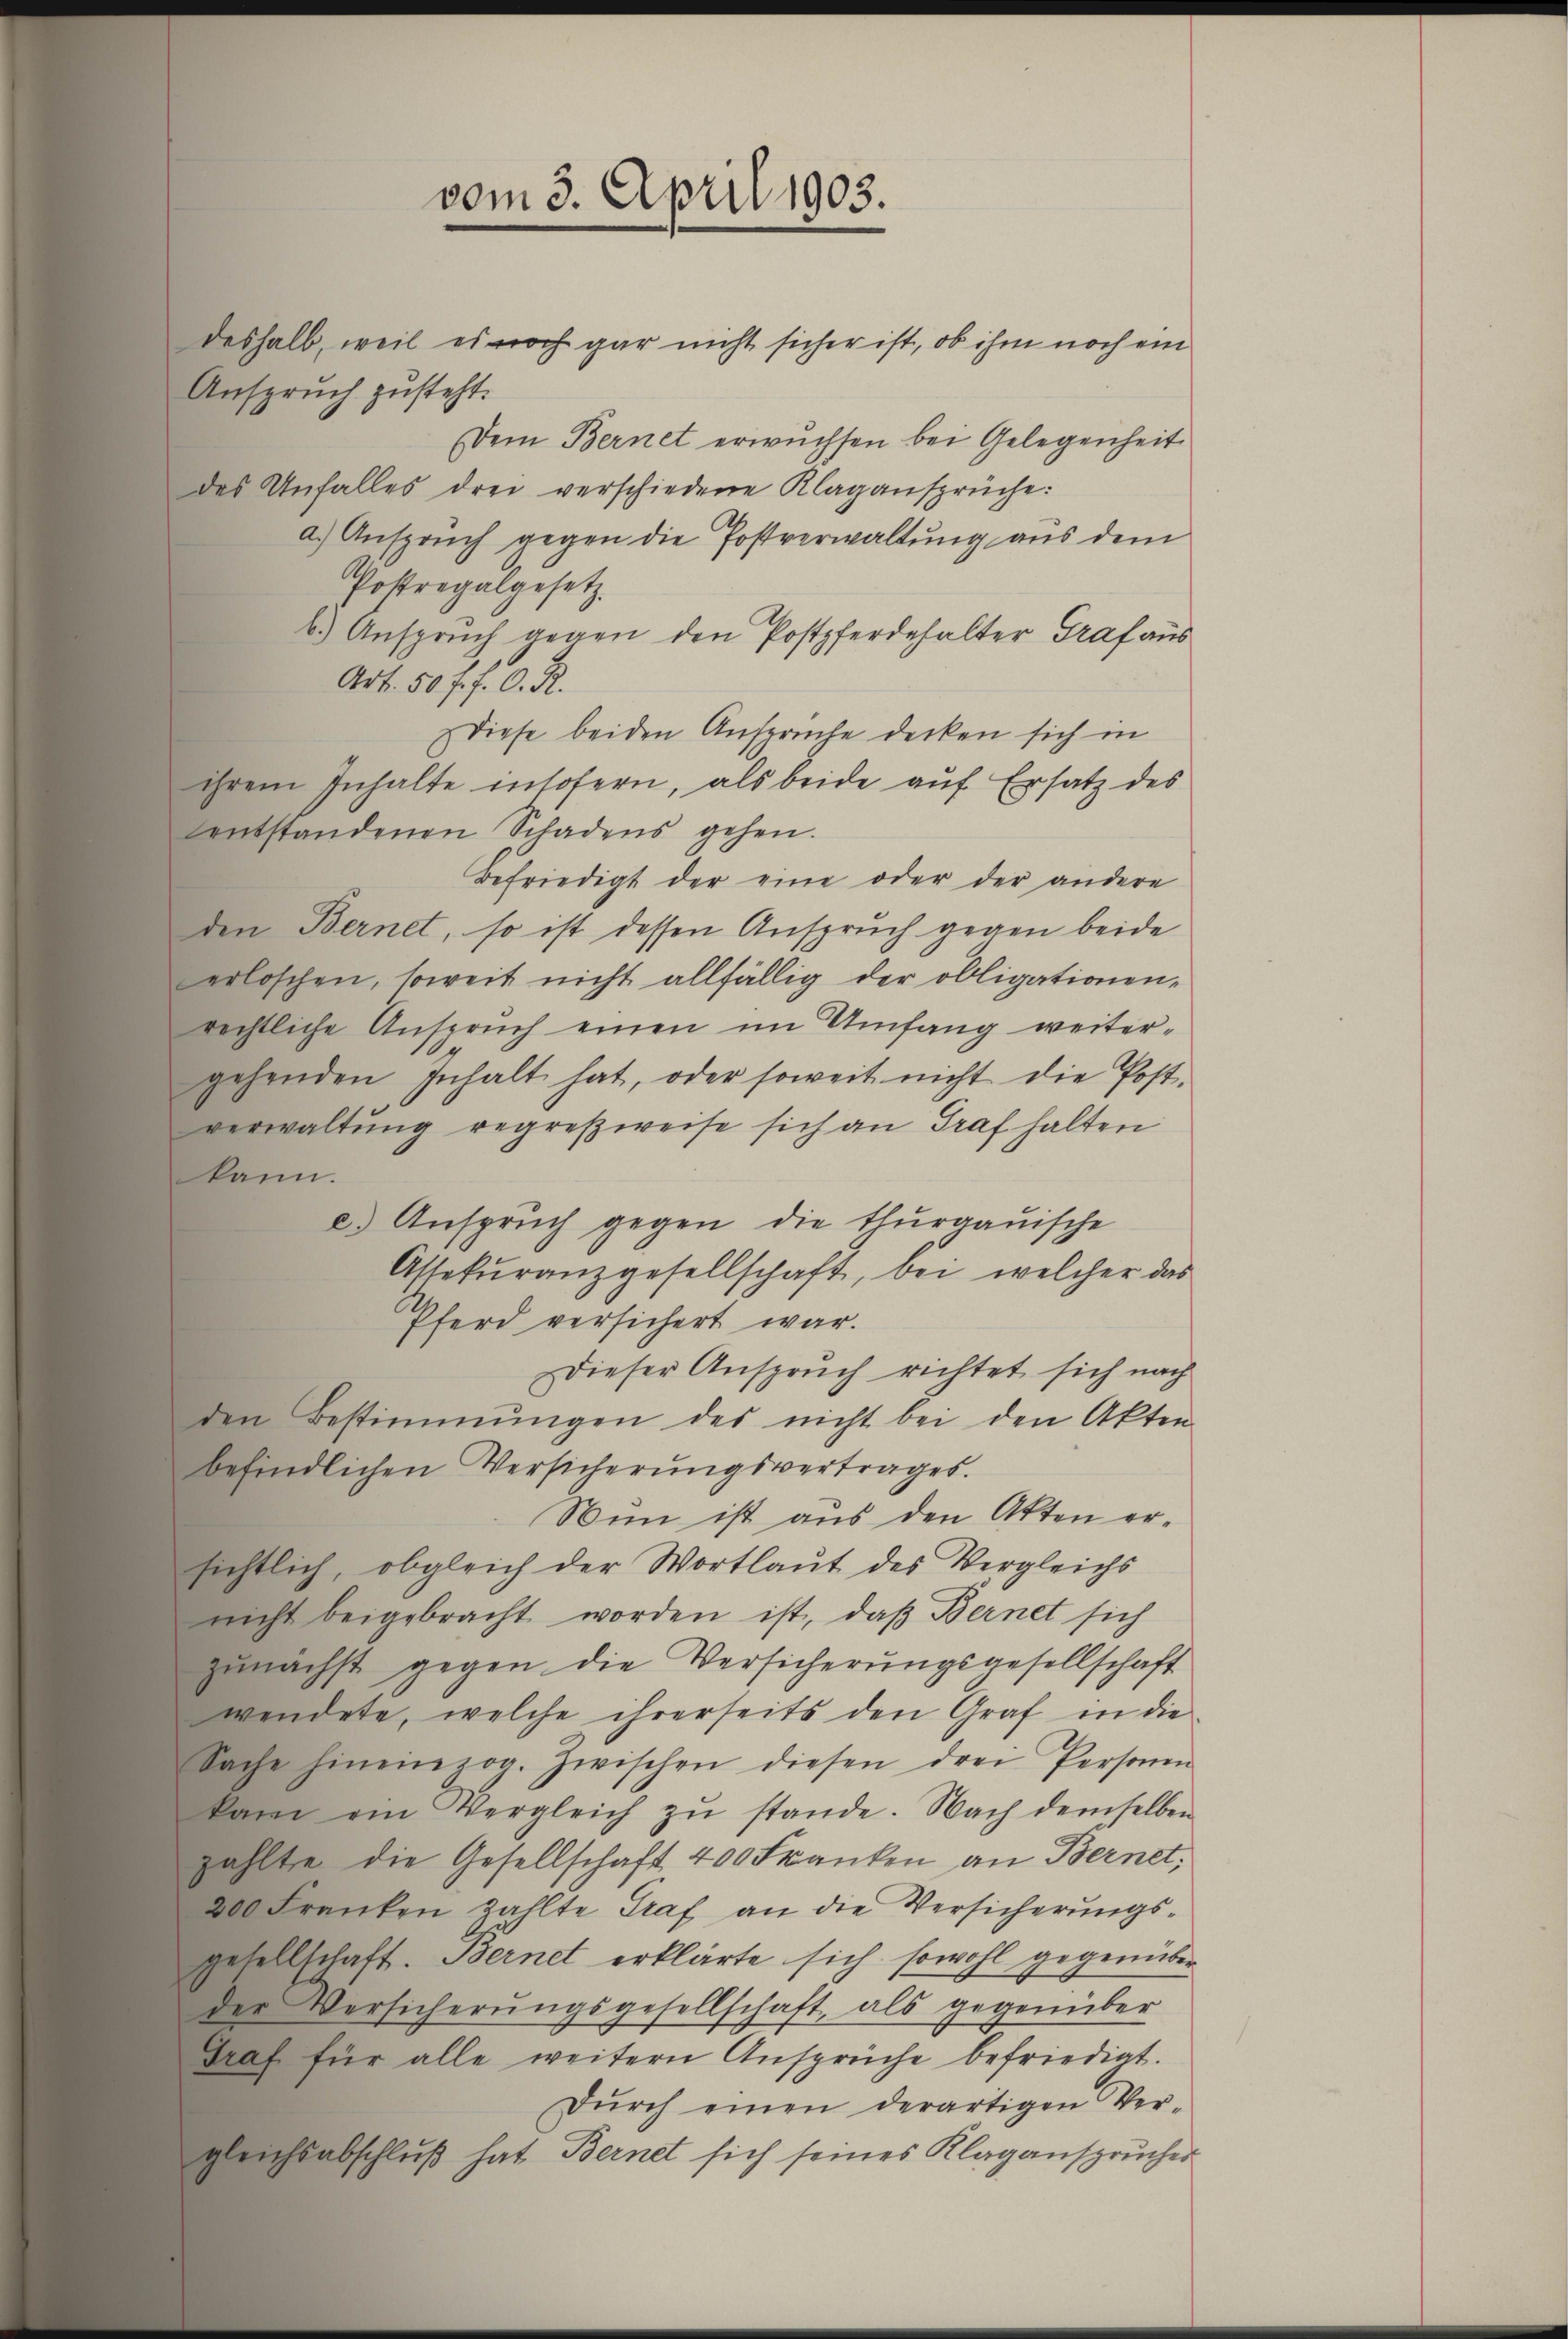
deshalb, weil es noch gar nicht sicher ist, ob ihm noch ein
Anspruch zusteht.
Dem Bernet erwuchsen bei Gelegenheit
des Unfalles drei verschiedene Klagansprüche:
a.) Anspruch gegen die Postverwaltung aus dem
Postregalgesetz
b.) Anspruch gegen den Postpferdehalter Graf aus
Art. 50 f. 7. O. R.
Diese beiden Ansprüche decken sich in
ihrem Inhalte insofern, als beide auf Ersatz des
entstandenen Schadens gehen.
Befriedigt der eine oder der andere
den Bernet, so ist dessen Anspruch gegen beide
erloschen, soweit nicht allfällig der obligationen,
rechtliche Anspruch einen im Umfang weitergehenden Inhalt hat, oder soweit nicht die Post-
verwaltŭng regreßweise sich an Graf halten
kann.
e.) Ansprŭch gegen die thurgauische
Astekŭranzgesellschaft, bei welcher das
Pferd versichert war.
Dieser Anspruch richtet sich nach
den Bestimmungen des nicht bei den Akten
befindlichen Versicherŭngsvertrages.
Nun ist aus den Akten ersichtlich, obgleich der Wortlaut des Vergleichs
nicht beigebracht worden ist, daß Bernet sich
zŭnächst gegen die Versicherŭngsgesellschaft
wendete, welche ihrerseits den Graf in die
Sache hineinzog. Zwischen diesen drei Personen
kam ein Vergleich zŭ stande. Nach demselben
zählte die Gesellschaft 400 Franken an Bernet,
200 Franken zahlte Graf an die Versicherŭngs-
gesellschaft. Bernet erklärte sich sowohl gegenüber
der Versicherŭngsgesellschaft, als gegenüber
Braf für alle weitern Ansprüche befriedigt.
Dŭrch einen derartigen Ver-
gleichsabschlŭβ hat Bernet sich seines Klagansprücher

vom 3. April 1903.